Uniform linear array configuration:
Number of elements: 8
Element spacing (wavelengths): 0.75
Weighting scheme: kaiser
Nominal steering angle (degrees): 15
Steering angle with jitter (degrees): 15.593
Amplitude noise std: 0.05
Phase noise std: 0.05

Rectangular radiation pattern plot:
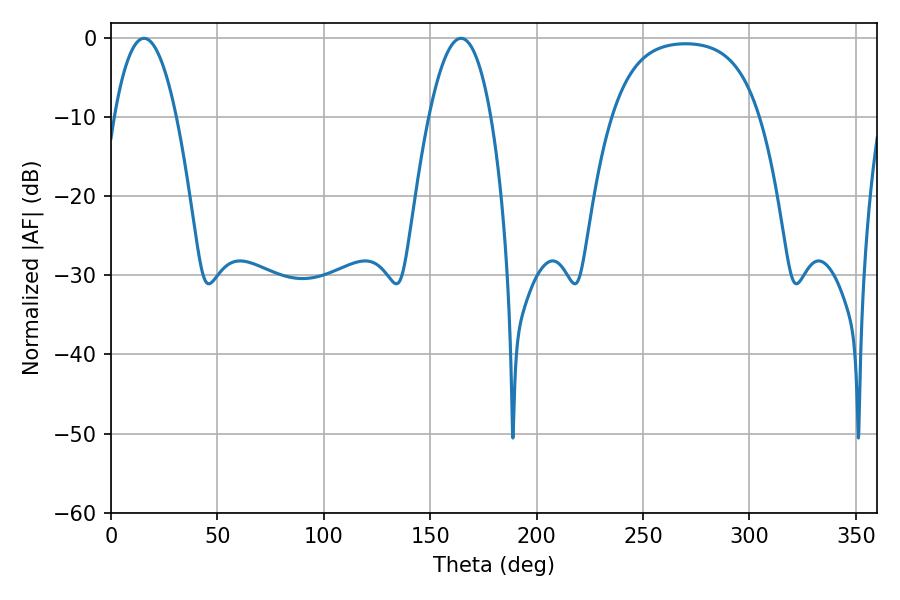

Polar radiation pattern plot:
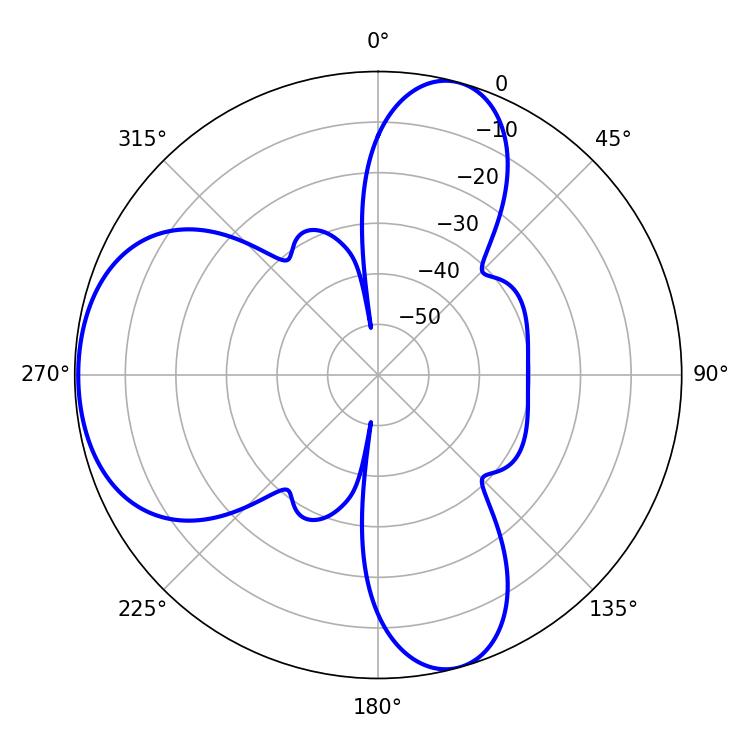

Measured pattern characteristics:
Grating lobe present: TRUE
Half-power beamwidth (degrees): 16.2
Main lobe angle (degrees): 15.48